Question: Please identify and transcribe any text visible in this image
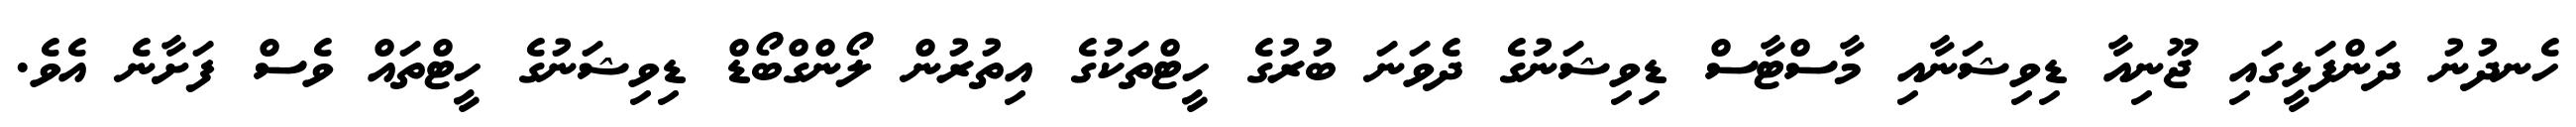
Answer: ހެނދުނު ދަންފަޅީގައި ޖޫނިއާ ޑިވިޝަނާއި މާސްޓާސް ޑިވިޝަނުގެ ދެވަނަ ބުރުގެ ހީޓްތަކުގެ އިތުރުން ލޯންގްބޯޑް ޑިވިޝަނުގެ ހީޓްތައް ވެސް ފަށާނެ އެވެ.